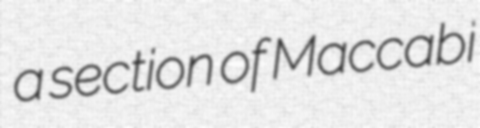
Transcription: a section of Maccabi